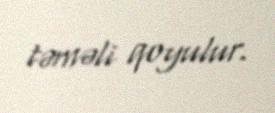
təməli qoyulur.